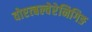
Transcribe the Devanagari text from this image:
वोएत्बल्वेरेनिगिङ